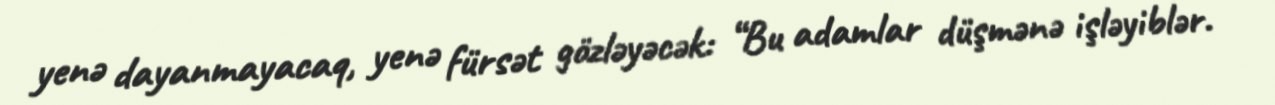
yenə dayanmayacaq, yenə fürsət gözləyəcək: “Bu adamlar düşmənə işləyiblər.